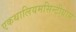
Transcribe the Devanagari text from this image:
एकथालियमसिन्टीग्राम